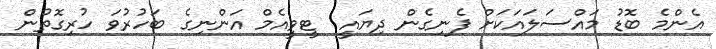
އެންމެ ބޮޑު މައްސަލައަކަށް ފެނިގެން ދިޔައީ  ޓީވީއެމް އަންނިގެ ބަހުރުވަ ހުރިގޮތުން